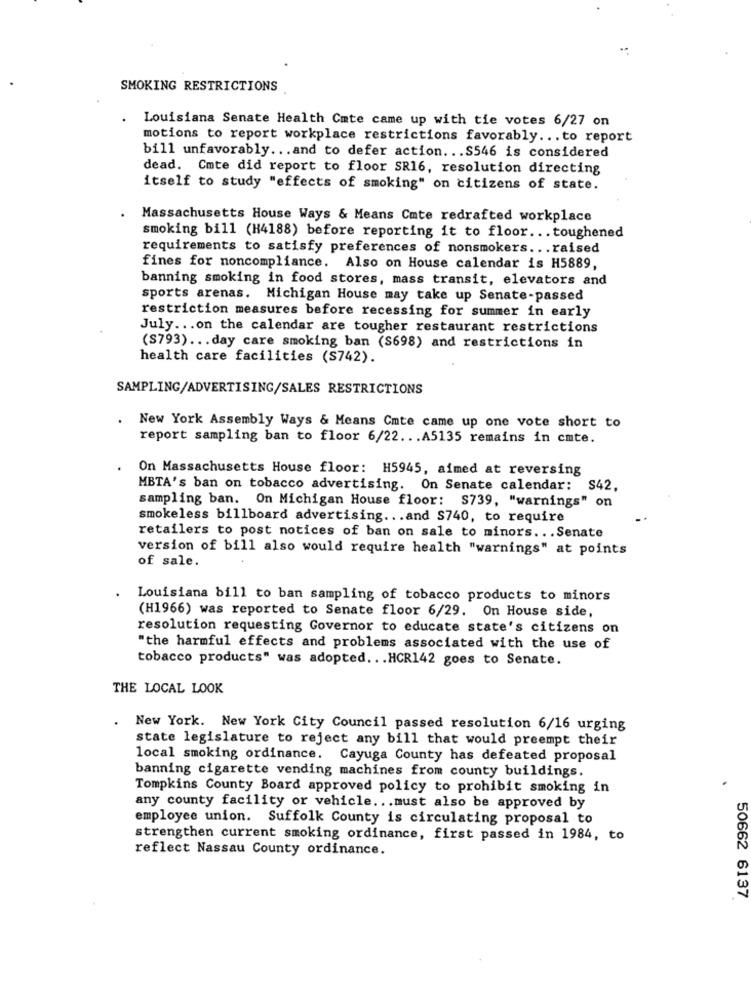
SMOKING RESTRICTIONS
Louisiana Senate Health Cate came up with tie votes 6/27 on
motions to report workplace restrictions favorably ... to report
bill unfavorably ... and to defer action ... S546 is considered
dead. Cmte did report to floor SR16, resolution directing
itself to study "effects of smoking" on citizens of state.
Massachusetts House Ways & Means Cmte redrafted workplace
smoking bill (H4188) before reporting it to floor ... toughened
requirements to satisfy preferences of nonsmokers ... raised
fines for noncompliance. Also on House calendar is H5889,
banning smoking in food stores, mass transit, elevators and
sports arenas. Michigan House may take up Senate-passed
restriction measures before recessing for summer in early
July ... on the calendar are tougher restaurant restrictions
(S793) ... day care smoking ban (S698) and restrictions in
health care facilities (S742).
SAMPLING/ADVERTISING/SALES RESTRICTIONS
.
New York Assembly Ways & Means Cmte came up one vote short to
report sampling ban to floor 6/22 ... A5135 remains in cmte.
On Massachusetts House floor: H5945, aimed at reversing
MBTA's ban on tobacco advertising. On Senate calendar: $42,
sampling ban. On Michigan House floor: S739, "warnings" on
smokeless billboard advertising ... and S740, to require
retailers to post notices of ban on sale to minors ... Senate
version of bill also would require health "warnings" at points
of sale.
Louisiana bill to ban sampling of tobacco products to minors
(H1966) was reported to Senate floor 6/29. On House side,
resolution requesting Governor to educate state's citizens on
"the harmful effects and problems associated with the use of
tobacco products" was adopted ... HCR142 goes to Senate.
THE LOCAL LOOK
New York. New York City Council passed resolution 6/16 urging
state legislature to reject any bill that would preempt their
local smoking ordinance. Cayuga County has defeated proposal
banning cigarette vending machines from county buildings.
Tompkins County Board approved policy to prohibit smoking in
any county facility or vehicle ... must also be approved by
employee union. Suffolk County is circulating proposal to
strengthen current smoking ordinance, first passed in 1984, to
reflect Nassau County ordinance.
50662 6137